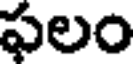
ఫలం